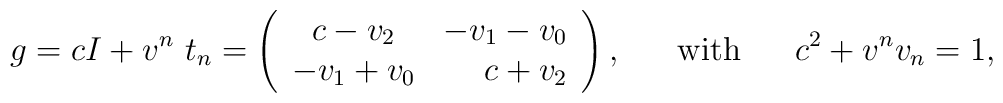
g=cI+v^n~t_n= \left( \begin{array}{cr}  c-v_2&-v_1-v_0\\-v_1+v_0&c+v_2 \end{array}\right),~~~~~\mbox{with}~~~~~c^2+v^nv_n=1,